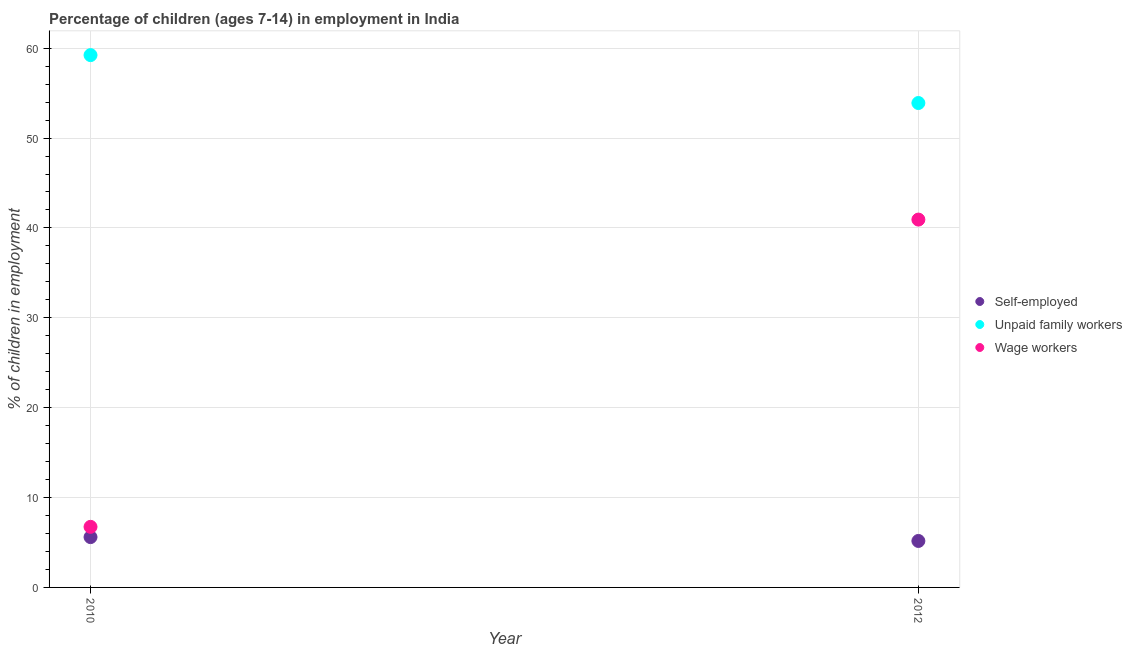
| Year | Self-employed | Unpaid family workers | Wage workers |
 | --- | --- | --- | --- |
 | 2010 | 5.6 | 59.2 | 6.74 |
 | 2012 | 5.17 | 53.9 | 40.9 |